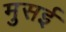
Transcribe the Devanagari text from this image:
मुसई